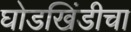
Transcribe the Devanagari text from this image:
घोडखिंडीचा